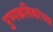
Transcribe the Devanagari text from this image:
पुष्पकलिकांच्या